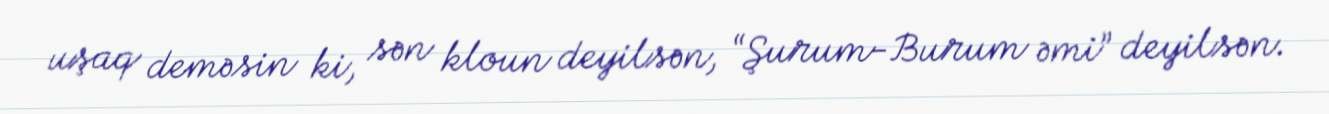
uşaq deməsin ki, sən kloun deyilsən, “Şurum-Burum əmi” deyilsən.